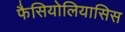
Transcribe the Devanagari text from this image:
फैसियोलियासिस